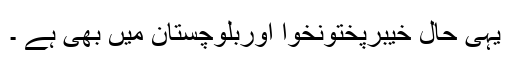
یہی حال خیبرپختونخوا اوربلوچستان میں بھی ہے ۔